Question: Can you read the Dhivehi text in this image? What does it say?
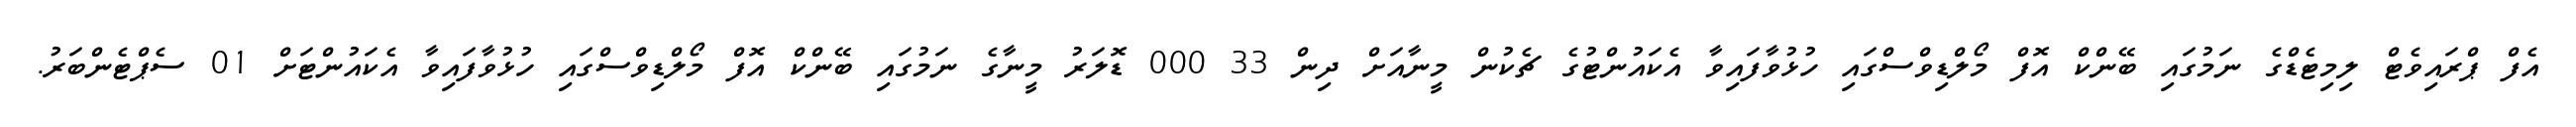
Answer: އެފް ޕްރައިވެޓް ލިމިޓެޑްގެ ނަމުގައި ބޭންކް އޮފް މޯލްޑިވްސްގައި ހުޅުވާފައިވާ އެކައުންޓުގެ ޗެކުން މީނާއަށް ދިން 33 000 ޑޮލަރު މީނާގެ ނަމުގައި ބޭންކް އޮފް މޯލްޑިވްސްގައި ހުޅުވާފައިވާ އެކައުންޓަށް 01 ސެޕްޓެންބަރު.